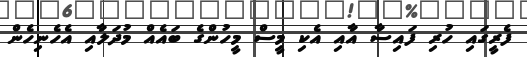
ފެރީގައި ހުރި ފައިސާ އާއި އެކި މީސް މީހުންގެ ބައެއް މުދަލާއި އެހެނިހެން